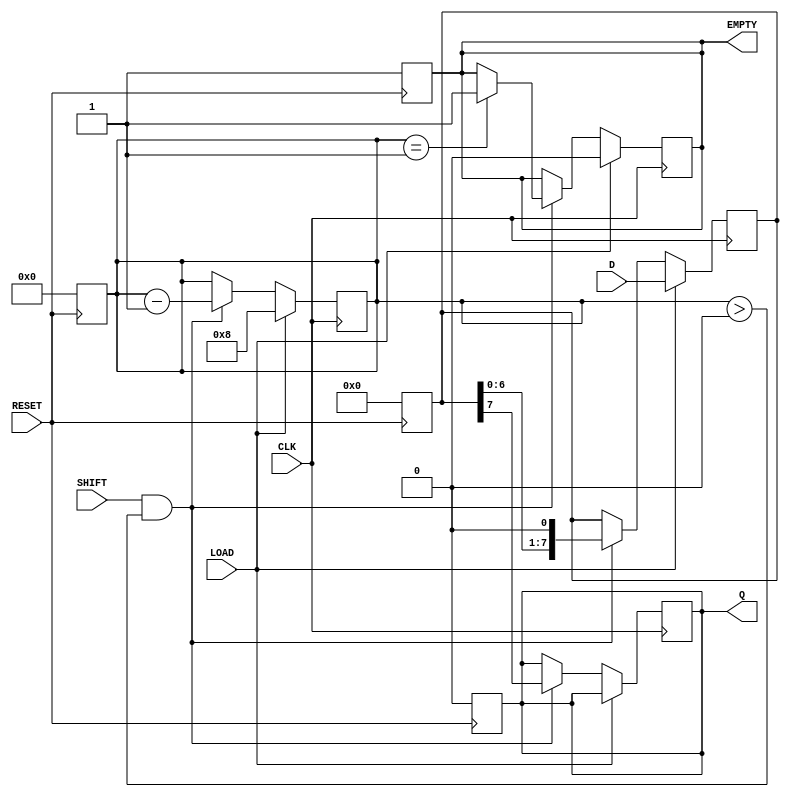
module PISO_Register #(
    parameter WIDTH = 8  // Define the width of the register
)(
    input wire [WIDTH-1:0] D,     // Parallel data input
    input wire LOAD,               // Load control signal
    input wire SHIFT,              // Shift control signal
    input wire CLK,                // Clock signal
    input wire RESET,              // Asynchronous reset signal
    output reg Q,                  // Serial output
    output reg EMPTY               // Empty signal
);

    reg [WIDTH-1:0] shift_reg;     // Shift register to hold the data
    reg [3:0] count;                // Counter to track the number of bits shifted out

    // Asynchronous reset
    always @(posedge RESET) begin
        shift_reg <= 0;             // Clear the shift register
        Q <= 0;                     // Clear the output
        EMPTY <= 1;                 // Set EMPTY signal
        count <= 0;                 // Reset the counter
    end

    // Synchronous operations
    always @(posedge CLK) begin
        if (LOAD) begin
            shift_reg <= D;          // Load data into the shift register
            count <= WIDTH;          // Set count to WIDTH
            EMPTY <= 0;              // Data is available
        end else if (SHIFT && count > 0) begin
            Q <= shift_reg[WIDTH-1]; // Output the MSB
            shift_reg <= shift_reg << 1; // Shift left
            count <= count - 1;      // Decrement the count
            if (count == 1) begin
                EMPTY <= 1;          // Set EMPTY signal when no data left
            end
        end
    end

endmodule